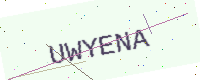
Text: UWYENA